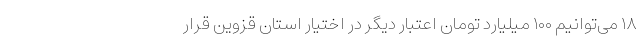
۱۸ می‌توانیم ۱۰۰ میلیارد تومان اعتبار دیگر در اختیار استان قزوین قرار